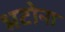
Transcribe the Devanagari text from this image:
भटोना